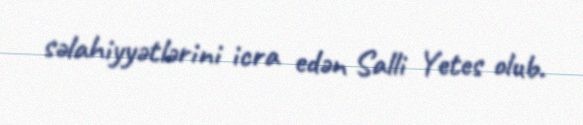
səlahiyyətlərini icra edən Salli Yetes olub.